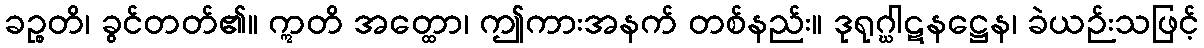
ခဉ္စတိ၊ ခွင်တတ်၏။ ဣတိ အတ္ထော၊ ဤကားအနက် တစ်နည်း။ ဒုရုဂ္ဃါဋနဋ္ဌေန၊ ခဲယဉ်းသဖြင့်